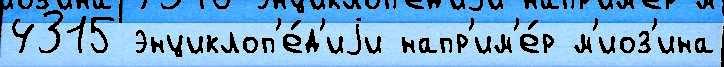
4315 энциклоп'е́д'иjи напр'им'е́р м'иоз'ина